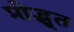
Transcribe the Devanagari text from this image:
प्रोद्भूत